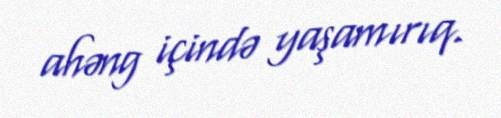
ahəng içində yaşamırıq.